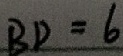
B D = 6